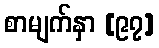
စာမျက်နှာ [၉၇]